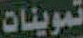
تموينات